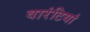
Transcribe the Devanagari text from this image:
वारंटियां